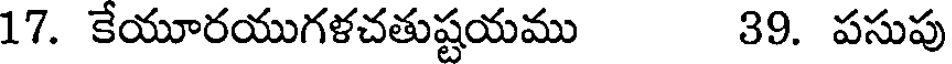
17. కేయూరయుగళచతుష్టయము 39. పసుపు